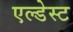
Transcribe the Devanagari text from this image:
एल्डेस्ट